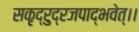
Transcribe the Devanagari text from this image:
सकृद्रुद्रजपाद्भवेत्।।